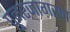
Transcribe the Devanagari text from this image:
पुनरजागरण